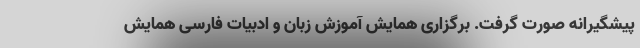
پیشگیرانه صورت گرفت. برگزاری همایش آموزش زبان و ادبیات فارسی همایش